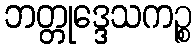
ဘတ္တုဒ္ဒေသကဉ္စ